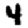
Digit: 4